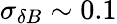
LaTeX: \sigma_{\delta B}\sim 0.1